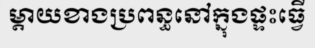
ម្តាយខាងប្រពន្ធនៅក្នុងផ្ទះធ្វើ